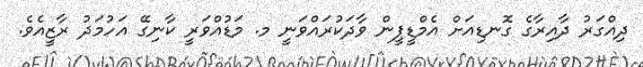
ދިއްގަރު ދާއިރާގެ ގޮނޑިއަށް އެމްޑީޕީން ވާދަކުރައްވަނީ މ. މަޑުއްވަރީ ކާނިގޭ އަހުމަދު ރާޒީއެވެ.